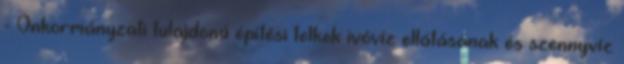
- Önkormányzati tulajdonú építési telkek ivóvíz ellátásának és szennyvíz